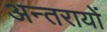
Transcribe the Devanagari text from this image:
अन्तरायों